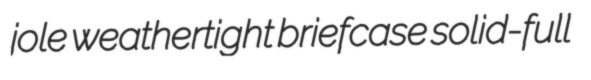
jole weathertight briefcase solid-full